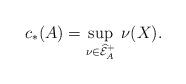
LaTeX: \begin{align*}c_*(A)=\sup_{\nu\in\widehat{\mathcal E}^+_A}\,\nu(X).\end{align*}